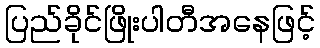
ပြည်ခိုင်ဖြိုးပါတီအနေဖြင့်